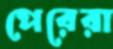
পেরেরা